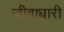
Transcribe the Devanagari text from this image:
जीवाधारी